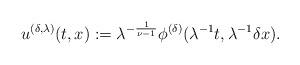
LaTeX: \begin{align*}u^{(\delta, \lambda)}(t,x):= \lambda^{-\frac{1}{\nu-1}} \phi^{(\delta)}(\lambda^{-1}t, \lambda^{-1} \delta x). \end{align*}